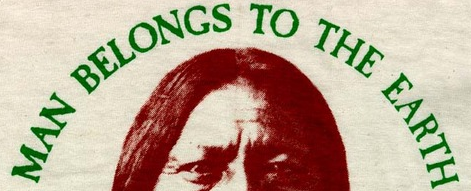
MAN BELONGS TO THE EARTH